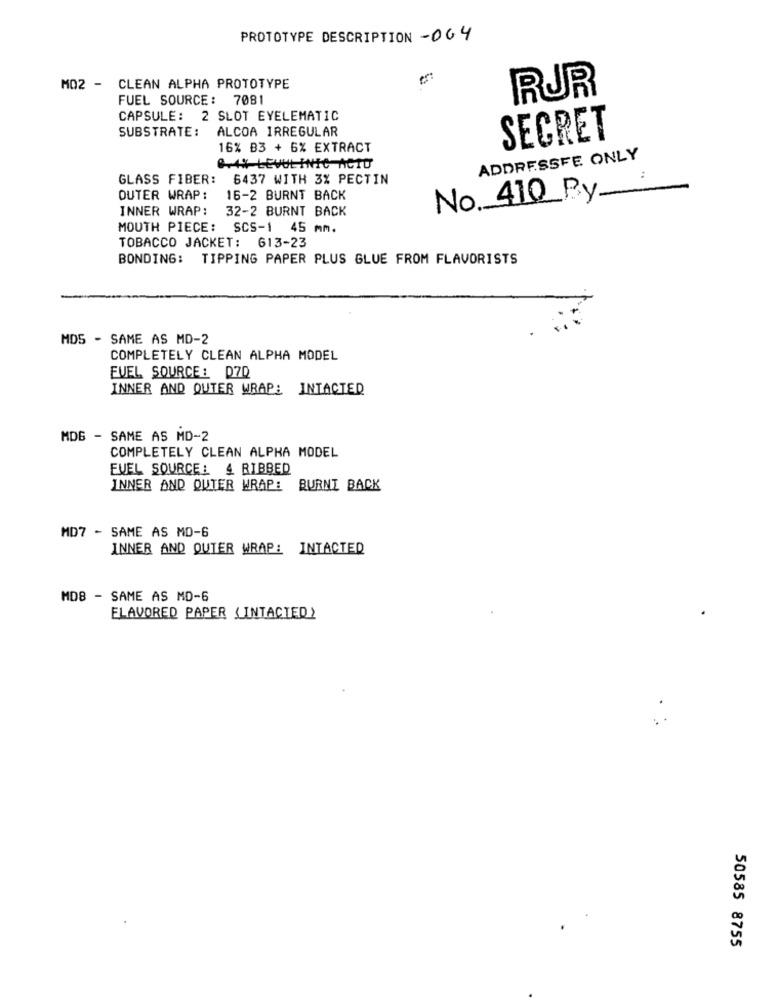
PROTOTYPE DESCRIPTION -004
MO2 - CLEAN ALPHA PROTOTYPE
RUR
FUEL SOURCE: 7081
CAPSULE: 2 SLOT EYELEMATIC
SUBSTRATE: ALCOA IRREGULAR
SECRET
16% B3 + 6% EXTRACT
ADDRESSFE ONLY
0-4% LEVULINIC ACTU
GLASS FIBER:
6437 WITH 3% PECTIN
No. 410 By
OUTER WRAP:
16-2 BURNT BACK
INNER WRAP:
32-2 BURNT BACK
MOUTH PIECE: SCS-1 45 mm.
TOBACCO JACKET: 613-23
BONDING: TIPPING PAPER PLUS GLUE FROM FLAVORISTS
MDS - SAME AS MD-2
COMPLETELY CLEAN ALPHA MODEL
FUEL SOURCE: D70
INNER AND OUTER WRAP: INTACTED
MDG - SAME AS MD-2
COMPLETELY CLEAN ALPHA MODEL
EVEL SOURCE: 4 RIBBED
INNER AND QUIER WRAP: BURNI BACK
MD7 - SAME AS MO-6
INNER AND OUTER WRAP: INTACTED
MD8 - SAME AS MD-6
FLAVORED PAPER (INTACTED )
50585 8755